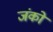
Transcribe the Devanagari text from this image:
जंको